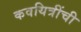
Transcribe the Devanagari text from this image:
कवयित्रींची